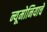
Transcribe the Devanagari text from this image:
न्यूमोनियाचे